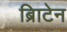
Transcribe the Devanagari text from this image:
ब्रिाटेन